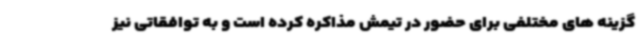
گزینه های مختلفی برای حضور در تیمش مذاکره کرده است و به توافقاتی نیز